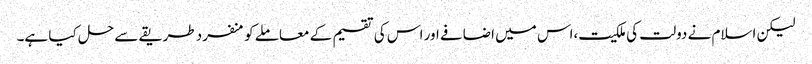
لیکن اسلام نے دولت کی ملکیت،اس میں اضافے اور اس کی تقسیم کے معاملے کو منفرد طریقے سے حل کیا ہے۔